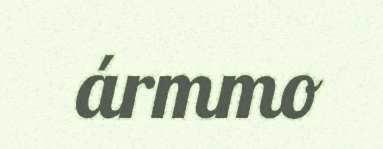
ármmo